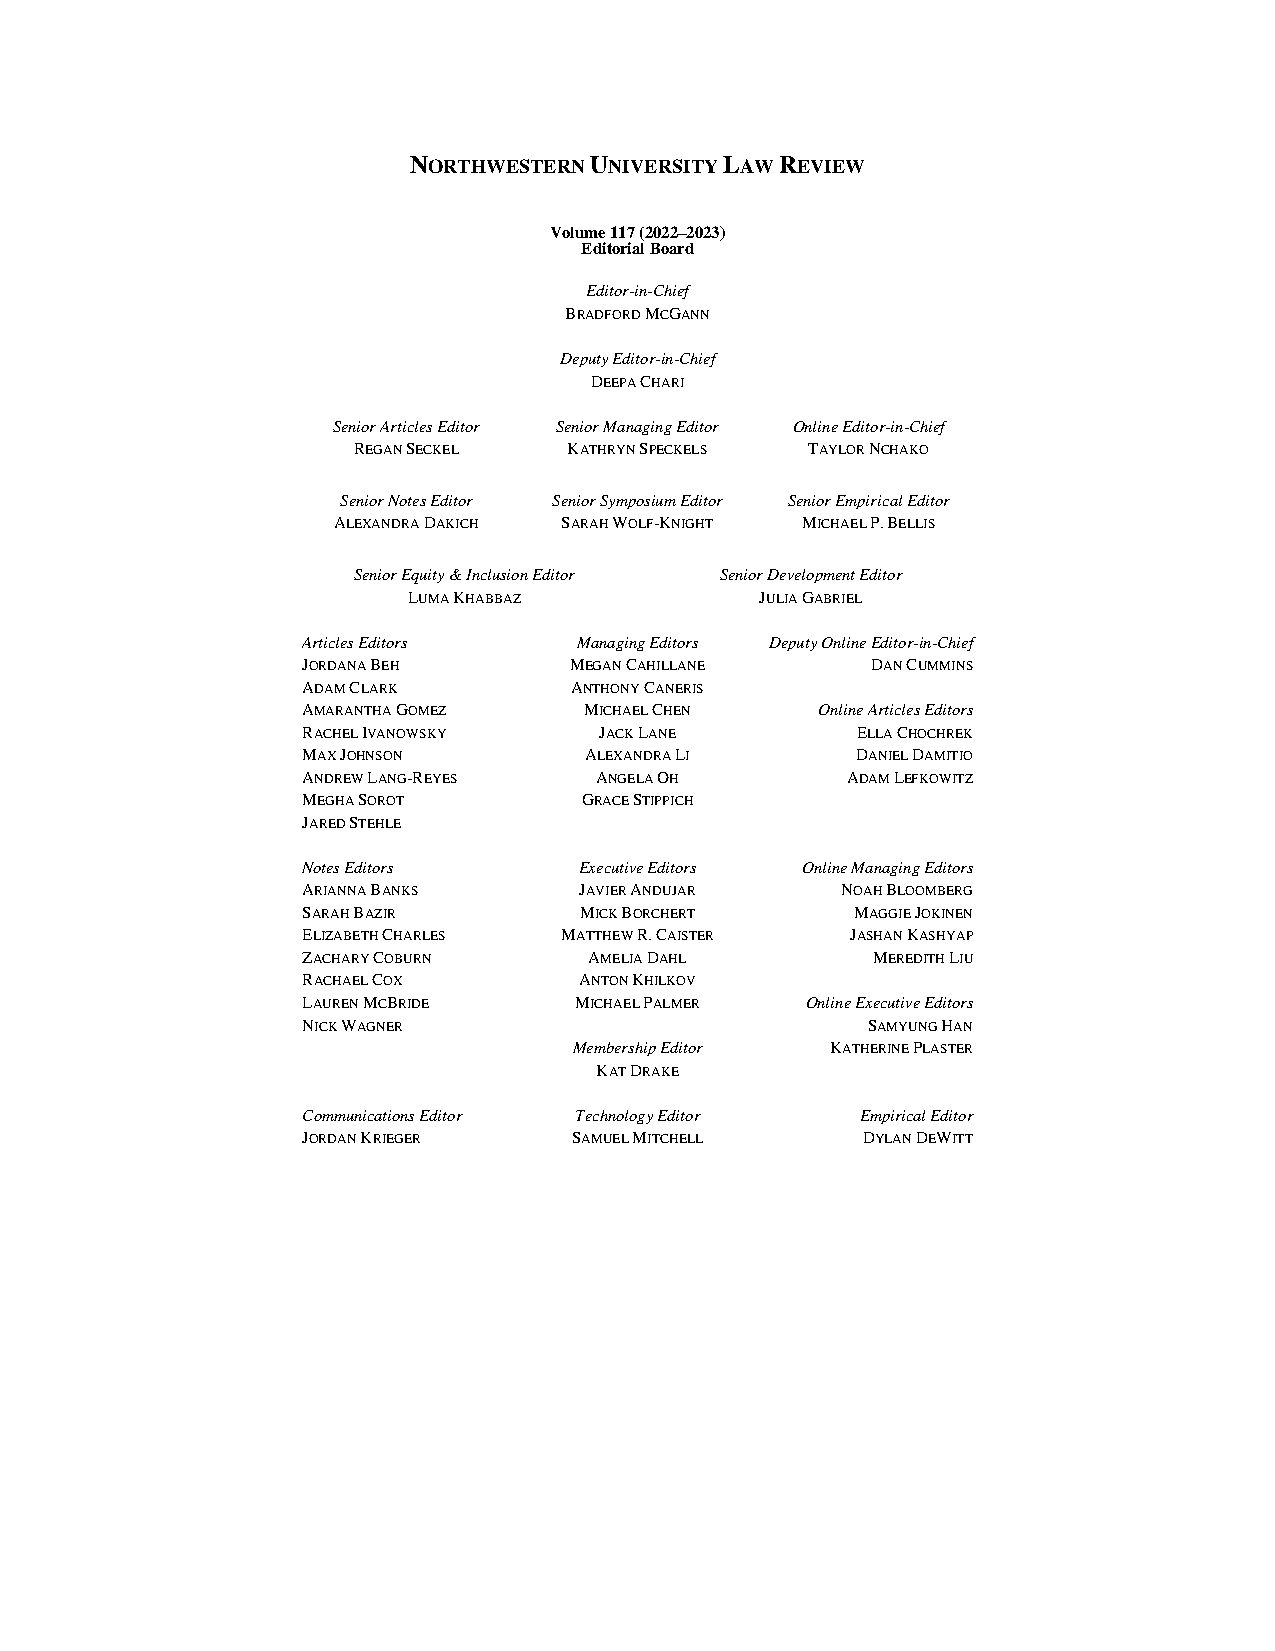
NORTHWESTERN UNIVERSITY LAW REVIEW
 Volume 117 (2022–2023)
 Editorial Board
 Editor-in-Chief
 BRADFORD MCGANN
 Deputy Editor-in-Chief
 DEEPA CHARI
 Senior Articles Editor Senior Managing Editor Online Editor-in-Chief
 REGAN SECKEL   KATHRYN SPECKELS TAYLOR NCHAKO
 Senior Notes Editor Senior Symposium Editor Senior Empirical Editor
 ALEXANDRA DAKICH SARAH WOLF-KNIGHT MICHAEL P. BELLIS
 Senior Equity & Inclusion Editor Senior Development Editor
 LUMA KHABBAZ           JULIA GABRIEL
 Articles Editors  Managing Editors Deputy Online Editor-in-Chief
 JORDANA BEH       MEGAN CAHILLANE     DAN CUMMINS
 ADAM CLARK        ANTHONY CANERIS
 AMARANTHA GOMEZ    MICHAEL CHEN   Online Articles Editors
 RACHEL IVANOWSKY    JACK LANE        ELLA CHOCHREK
 MAX JOHNSON        ALEXANDRA LI      DANIEL DAMITIO
 ANDREW LANG-REYES  ANGELA OH        ADAM LEFKOWITZ
 MEGHA SOROT        GRACE STIPPICH
 JARED STEHLE
 Notes Editors     Executive Editors Online Managing Editors
 ARIANNA BANKS     JAVIER ANDUJAR    NOAH BLOOMBERG
 SARAH BAZIR       MICK BORCHERT      MAGGIE JOKINEN
 ELIZABETH CHARLES MATTHEW R. CAISTER JASHAN KASHYAP
 ZACHARY COBURN     AMELIA DAHL        MEREDITH LIU
 RACHAEL COX       ANTON KHILKOV
 LAUREN MCBRIDE    MICHAEL PALMER Online Executive Editors
 NICK WAGNER                          SAMYUNG HAN
 Membership Editor KATHERINE PLASTER
 KAT DRAKE
 Communications Editor Technology Editor Empirical Editor
 JORDAN KRIEGER    SAMUEL MITCHELL    DYLAN DEWITT